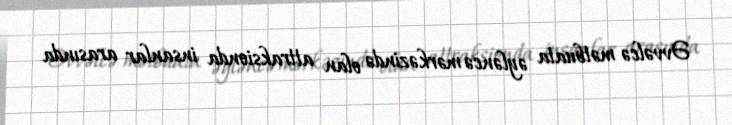
Əvvəlcə mətbuata əyləncə mərkəzində olan attraksionda insanlar arasında